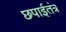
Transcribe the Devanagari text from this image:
छपाईतंत्र